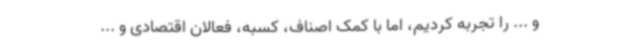
و ... را تجربه کردیم، اما با کمک اصناف، کسبه، فعالان اقتصادی و ...